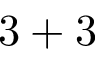
3 + 3